Reports on dispensaries and lunatic asylums in the Province of Oudh - 1869-1876
Year: 1869
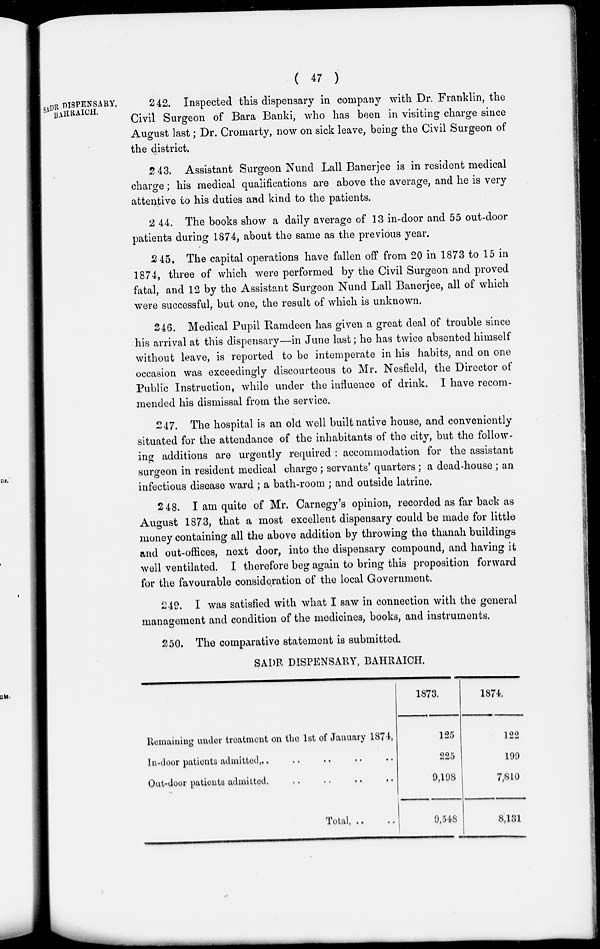
( 47 )
SADR DISPENSARY,
BAHRAICH.
242. Inspected this dispensary in company with Dr. Franklin, the
Civil Surgeon of Bara Banki, who has been in visiting charge since
August last; Dr. Cromarty, now on sick leave, being the Civil Surgeon of
the district.
243. Assistant Surgeon Nund Lall Banerjee is in resident medical
charge; his medical qualifications are above the average, and he is very
attentive to his duties and kind to the patients.
244. The books show a daily average of 13 in-door and 55 out-door
patients during 1874, about the same as the previous year.
245. The capital operations have fallen off from 20 in 1873 to 15 in
1874, three of which were performed by the Civil Surgeon and proved
fatal, and 12 by the Assistant Surgeon Nund Lall Banerjee, all of which
were successful, but one, the result of which is unknown.
246. Medical Pupil Ramdeen has given a great deal of trouble since
his arrival at this dispensary—in June last; he has twice absented himself
without leave, is reported to be intemperate in his habits, and on one
occasion was exceedingly discourteous to Mr. Nesfield, the Director of
Public Instruction, while under the influence of drink. I have recom-
mended his dismissal from the service.
247. The hospital is an old well built native house, and conveniently
situated for the attendance of the inhabitants of the city, but the follow-
ing additions are urgently required : accommodation for the assistant
surgeon in resident medical charge ; servants' quarters; a dead-house ; an
infectious disease ward; a bath-room ; and outside latrine.
248. I am quite of Mr. Carnegy's opinion, recorded as far back as
August 1873, that a most excellent dispensary could be made for little
money containing all the above addition by throwing the thanah buildings
and out-offices, next door, into the dispensary compound, and having it
well ventilated. I therefore beg again to bring this proposition forward
for the favourable consideration of the local Government.
249. I was satisfied with what I saw in connection with the general
management and condition of the medicines, books, and instruments.
250. The comparative statement is submitted.
SADR DISPENSARY, BAHRAICH.
Remaining under treatment on the 1st of January 1874,
In-door patients admitted, .. .. .. .. ..
Out-door patients admitted. .. .. .. ..
Total, .. ..
1873.
125
225
9,198
9,548
1874.
122
199
7,810
8,131